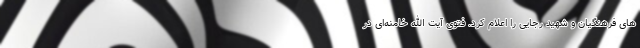
های فرهنگیان و شهید رجایی را اعلام کرد. فتوی آیت الله خامنه‌ای در